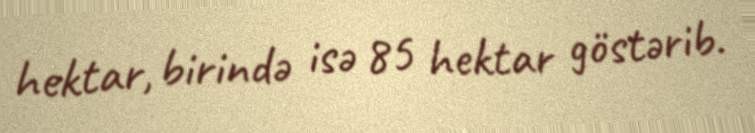
hektar, birində isə 85 hektar göstərib.